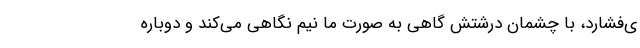
ی‌فشارد، با چشمان درشتش گاهی به صورت ما نیم نگاهی می‌کند و دوباره